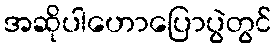
အဆိုပါဟောပြောပွဲတွင်